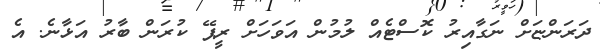
ދަރަންޏަށް ނަގާއިރު ކޮސްޓެއް ލުމުން އަވަހަށް ރީޕޭ ކުރަން ބާރު އަޅާނެ. އެ